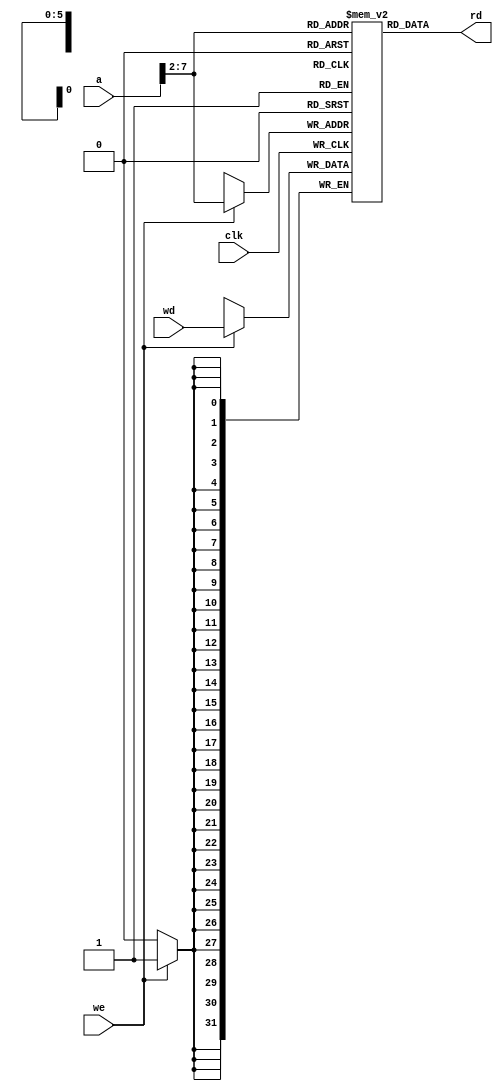
`timescale 1ns / 1ps
//////////////////////////////////////////////////////////////////////////////////
// Company: 
// Engineer: 
// 
// Design Name: 
// Module Name: dmem
// Project Name: 
// Target Devices: 
// Tool Versions: 
// Description: 
// 
// Dependencies: 
// 
// Revision:
// Revision 0.01 - File Created
// Additional Comments:
// 
//////////////////////////////////////////////////////////////////////////////////


module dmem(
    input                   clk , 
    input                   we  ,
    input       [31:0]      a   , 
    input       [31:0]      wd  ,
    output      [31:0]      rd
    );
    //reg define
    reg [31:0] RAM[63:0];
    assign rd = RAM[a[31:2]]; // word aligned
    always @(posedge clk)
        if (we) RAM[a[31:2]] <= wd;
 endmodule